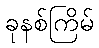
ခုနစ်ကြိမ်